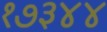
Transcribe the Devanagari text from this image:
१७३४४